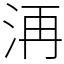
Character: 洅